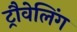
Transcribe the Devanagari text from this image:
ट्रौवेलिंग